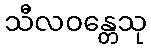
သီလဝန္တေသု